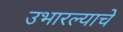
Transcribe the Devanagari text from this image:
उभारल्याचे